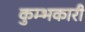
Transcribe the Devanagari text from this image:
कुम्भकारी